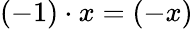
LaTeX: (-1)\cdot x=(-x)